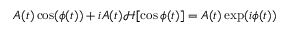
A ( t ) \cos ( \phi ( t ) ) + i A ( t ) \mathcal { H } [ \cos \phi ( t ) ] = A ( t ) \exp ( i \phi ( t ) )